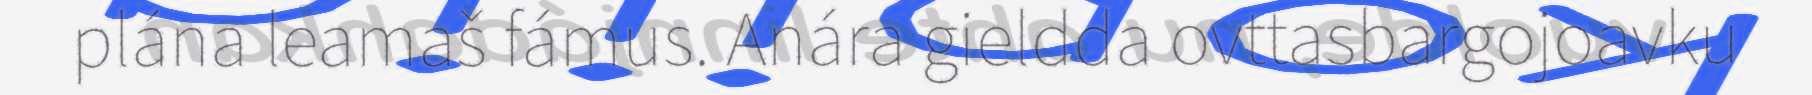
plána leamaš fámus. Anára gieldda ovttasbargojoavku